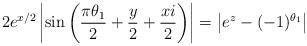
LaTeX: \begin{align*}2 e^{x/2} \left| \sin \left( \frac{ \pi \theta_1}{2} + \frac{y}{2} + \frac{ x i}{2} \right) \right| = \left| e^z - (-1)^{\theta_1} \right|\end{align*}